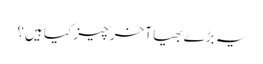
یہ بڑے بھیا آخر چیز کیا ہیں؟